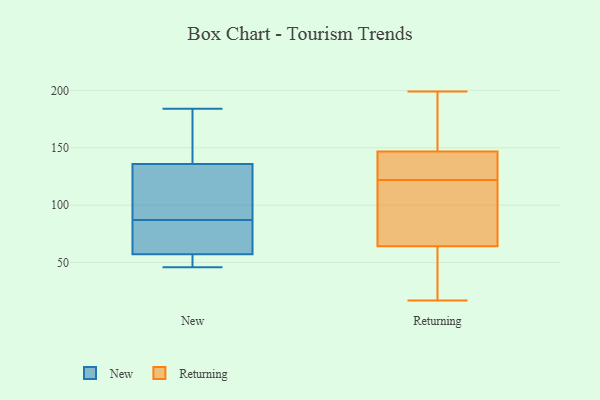
{"axis": {"x": "Budget (USD K)", "y": "Value"}, "legend": ["New", "Returning"], "data": [{"x": "", "y": 91, "type": "New"}, {"x": "", "y": 183, "type": "New"}, {"x": "", "y": 94, "type": "New"}, {"x": "", "y": 87, "type": "New"}, {"x": "", "y": 47, "type": "New"}, {"x": "", "y": 59, "type": "New"}, {"x": "", "y": 58, "type": "New"}, {"x": "", "y": 57, "type": "New"}, {"x": "", "y": 46, "type": "New"}, {"x": "", "y": 150, "type": "New"}, {"x": "", "y": 184, "type": "New"}, {"x": "", "y": 144, "type": "Returning"}, {"x": "", "y": 122, "type": "Returning"}, {"x": "", "y": 124, "type": "Returning"}, {"x": "", "y": 127, "type": "Returning"}, {"x": "", "y": 155, "type": "Returning"}, {"x": "", "y": 199, "type": "Returning"}, {"x": "", "y": 84, "type": "Returning"}, {"x": "", "y": 17, "type": "Returning"}, {"x": "", "y": 74, "type": "Returning"}, {"x": "", "y": 165, "type": "Returning"}, {"x": "", "y": 59, "type": "Returning"}, {"x": "", "y": 97, "type": "Returning"}, {"x": "", "y": 138, "type": "Returning"}, {"x": "", "y": 66, "type": "Returning"}, {"x": "", "y": 199, "type": "Returning"}, {"x": "", "y": 29, "type": "Returning"}, {"x": "", "y": 36, "type": "Returning"}]}